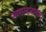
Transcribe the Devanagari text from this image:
स्वछन्दतावाद